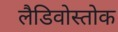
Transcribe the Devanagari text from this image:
लैडिवोस्तोक